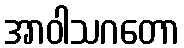
အာဝါသဂတော